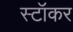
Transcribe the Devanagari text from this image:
स्टॉकर